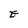
Character: E